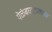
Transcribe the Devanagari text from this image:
येळंबघाटालगच